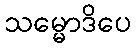
သမ္မောဒိပေ